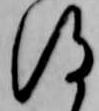
得